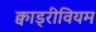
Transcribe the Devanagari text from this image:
क्वाड्रीवियम